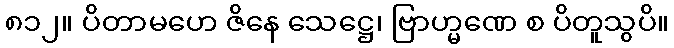
၈၁၂။ ပိတာမဟေ ဇိနေ သေဋ္ဌေ၊ ဗြာဟ္မဏေ စ ပိတူသွပိ။